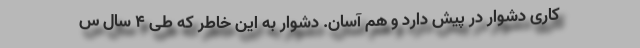
کاری دشوار در پیش دارد و هم آسان. دشوار به این خاطر که طی 4 سال س